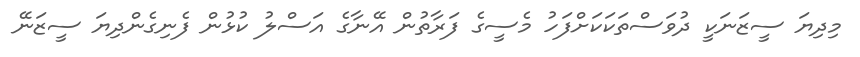
މިދިޔަ ސީޒަނަކީ ދުވަސްތަކަކަށްފަހު މެސީގެ ފަރާތުން އޭނާގެ އަސްލު ކުޅުން ފެނިގެންދިޔަ ސީޒަނޭ